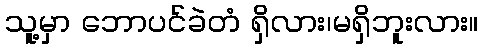
သူ့မှာ ဘောပင်ခဲတံ ရှိလား၊မရှိဘူးလား။